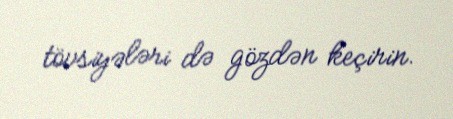
tövsiyələri də gözdən keçirin.